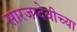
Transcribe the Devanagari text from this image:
सारजादेवीच्या